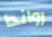
رواندا